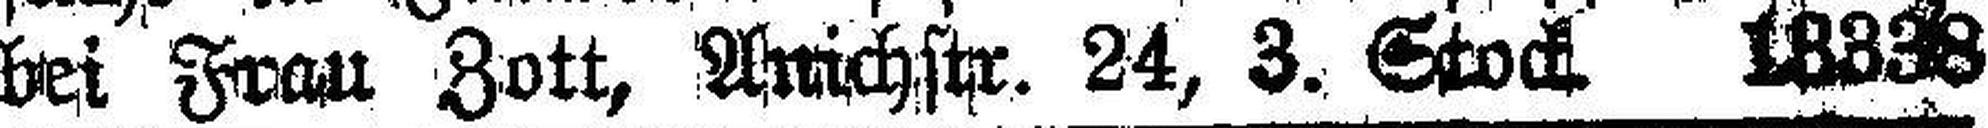
bei Frau Zott, Anichstr. 24, 3. Stock. 13338